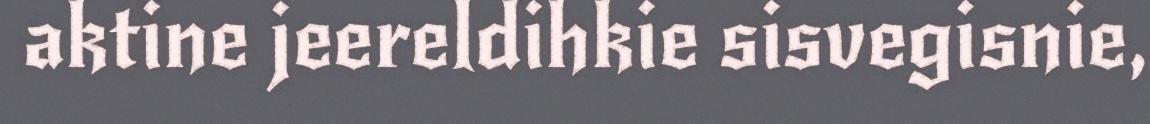
aktine jeereldihkie sisvegisnie,